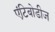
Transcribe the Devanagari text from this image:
एंटिबोडीज